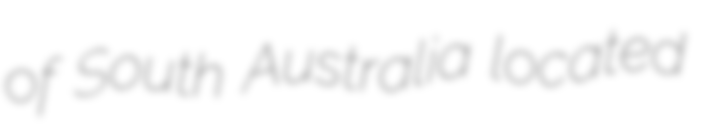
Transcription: of South Australia located